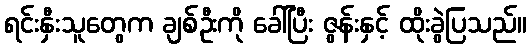
ရင်းနှီးသူတွေက ချစ်ဦးကို ခေါ်ပြီး ဇွန်းနှင့် ထိုးခွဲပြသည်။